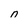
Character: n